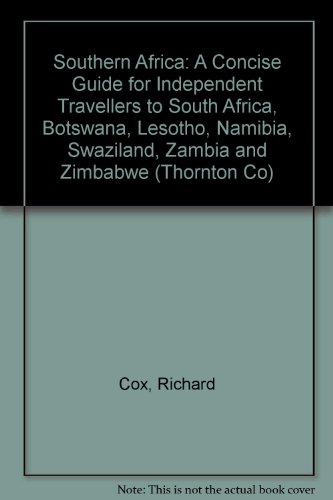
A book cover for Southern Africa: A Concise Guide for Independent Travellers to South Africa, Botswana, Lesotho, Namibia, Swaziland, Zambia and Zimbabwe (Thornton Co); Richard Cox; Travel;